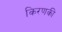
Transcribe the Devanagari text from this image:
किरणकी